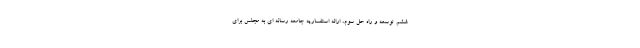
ششم توسعه و راه حل سوم، ارائه استفساریه جامعه رسانه ای به مجلس برای